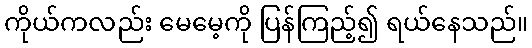
ကိုယ်ကလည်း မေမေ့ကို ပြန်ကြည့်၍ ရယ်နေသည်။